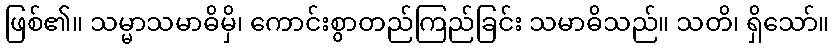
ဖြစ်၏။ သမ္မာသမာဓိမှိ၊ ကောင်းစွာတည်ကြည်ခြင်း သမာဓိသည်။ သတိ၊ ရှိသော်။